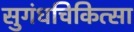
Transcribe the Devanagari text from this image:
सुगंधचिकित्सा